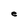
Character: e